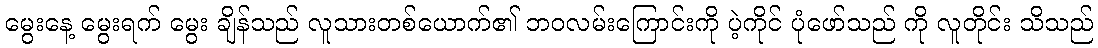
မွေးနေ့ မွေးရက် မွေး ချိန်သည် လူသားတစ်ယောက်၏ ဘဝလမ်းကြောင်းကို ပဲ့ကိုင် ပုံဖော်သည် ကို လူတိုင်း သိသည်